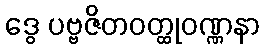
ဒွေ ပဗ္ဗဇိတဝတ္ထုဝဏ္ဏနာ